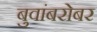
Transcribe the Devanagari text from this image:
बुवांबरोबर